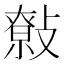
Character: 𢿞